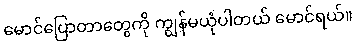
မောင်ပြောတာတွေကို ကျွန်မယုံပါတယ် မောင်ရယ်။